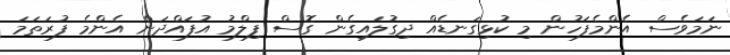
ނަމަވެސް އެންމެފަހުން މި ކުޅިގަނޑެއް ދިގުލައިގެން ގޮސް ފިލްމު އުފައްދަން އެންމެ ފުރަތަމަ